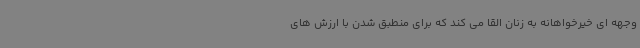
وجهه ای خیرخواهانه به زنان القا می کند که برای منطبق شدن با ارزش های